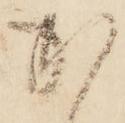
か